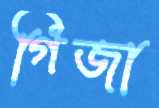
গিজা